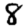
Digit: 8